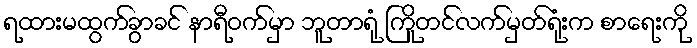
ရထားမထွက်ခွာခင် နာရီဝက်မှာ ဘူတာရုံ ကြိုတင်လက်မှတ်ရုံးက စာရေးကို